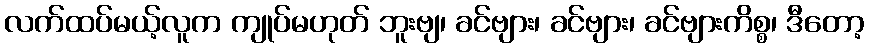
လက်ထပ်မယ့်လူက ကျုပ်မဟုတ် ဘူးဗျ၊ ခင်ဗျား၊ ခင်ဗျား၊ ခင်ဗျားကိစ္စ၊ ဒီတော့